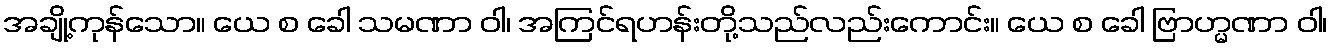
အချို့ကုန်သော။ ယေ စ ခေါ သမဏာ ဝါ၊ အကြင်ရဟန်းတို့သည်လည်းကောင်း။ ယေ စ ခေါ ဗြာဟ္မဏာ ဝါ၊